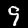
Label: 9